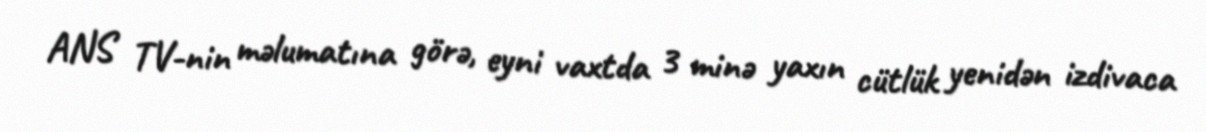
ANS TV-nin məlumatına görə, eyni vaxtda 3 minə yaxın cütlük yenidən izdivaca